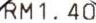
RM1.40